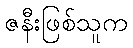
ဇနီးဖြစ်သူက